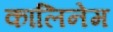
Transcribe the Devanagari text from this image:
कालिनेम